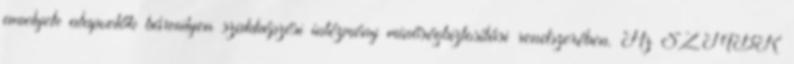
amelyek alapvetők bármilyen szakképzési intézmény minőségbiztosítási rendszerében. Az SZMBK